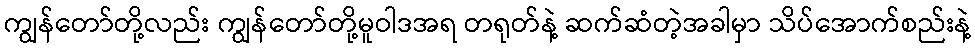
ကျွန်တော်တို့လည်း ကျွန်တော်တို့မူဝါဒအရ တရုတ်နဲ့ ဆက်ဆံတဲ့အခါမှာ သိပ်အောက်စည်းနဲ့